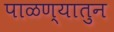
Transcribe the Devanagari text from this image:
पाळण्यातुन